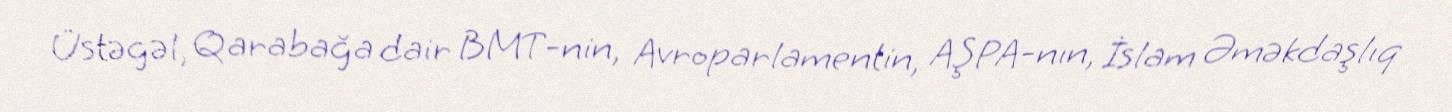
Üstəgəl, Qarabağa dair BMT-nin, Avroparlamentin, AŞPA-nın, İslam Əməkdaşlıq